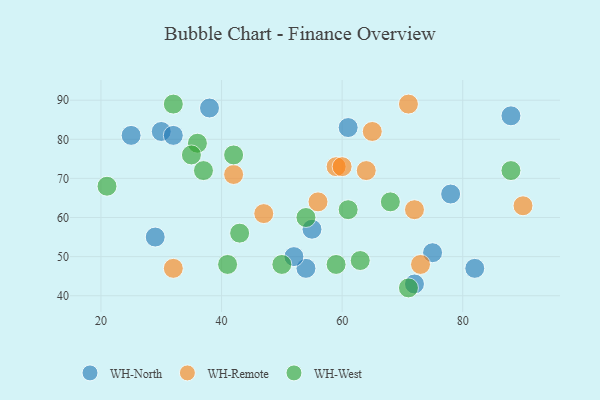
{"axis": {"x": "GDP", "y": "Life Expectancy"}, "legend": ["WH-North", "WH-Remote", "WH-West"], "data": [{"x": "75", "y": 51, "type": "WH-North"}, {"x": "30", "y": 82, "type": "WH-North"}, {"x": "38", "y": 88, "type": "WH-North"}, {"x": "72", "y": 43, "type": "WH-North"}, {"x": "78", "y": 66, "type": "WH-North"}, {"x": "61", "y": 83, "type": "WH-North"}, {"x": "82", "y": 47, "type": "WH-North"}, {"x": "55", "y": 57, "type": "WH-North"}, {"x": "54", "y": 47, "type": "WH-North"}, {"x": "88", "y": 86, "type": "WH-North"}, {"x": "32", "y": 81, "type": "WH-North"}, {"x": "29", "y": 55, "type": "WH-North"}, {"x": "25", "y": 81, "type": "WH-North"}, {"x": "52", "y": 50, "type": "WH-North"}, {"x": "73", "y": 48, "type": "WH-Remote"}, {"x": "42", "y": 71, "type": "WH-Remote"}, {"x": "90", "y": 63, "type": "WH-Remote"}, {"x": "59", "y": 73, "type": "WH-Remote"}, {"x": "56", "y": 64, "type": "WH-Remote"}, {"x": "71", "y": 89, "type": "WH-Remote"}, {"x": "64", "y": 72, "type": "WH-Remote"}, {"x": "72", "y": 62, "type": "WH-Remote"}, {"x": "32", "y": 47, "type": "WH-Remote"}, {"x": "60", "y": 73, "type": "WH-Remote"}, {"x": "47", "y": 61, "type": "WH-Remote"}, {"x": "65", "y": 82, "type": "WH-Remote"}, {"x": "42", "y": 76, "type": "WH-West"}, {"x": "50", "y": 48, "type": "WH-West"}, {"x": "36", "y": 79, "type": "WH-West"}, {"x": "37", "y": 72, "type": "WH-West"}, {"x": "54", "y": 60, "type": "WH-West"}, {"x": "21", "y": 68, "type": "WH-West"}, {"x": "61", "y": 62, "type": "WH-West"}, {"x": "41", "y": 48, "type": "WH-West"}, {"x": "43", "y": 56, "type": "WH-West"}, {"x": "88", "y": 72, "type": "WH-West"}, {"x": "35", "y": 76, "type": "WH-West"}, {"x": "71", "y": 42, "type": "WH-West"}, {"x": "32", "y": 89, "type": "WH-West"}, {"x": "63", "y": 49, "type": "WH-West"}, {"x": "59", "y": 48, "type": "WH-West"}, {"x": "68", "y": 64, "type": "WH-West"}]}